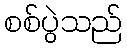
စစ်ပွဲသည်